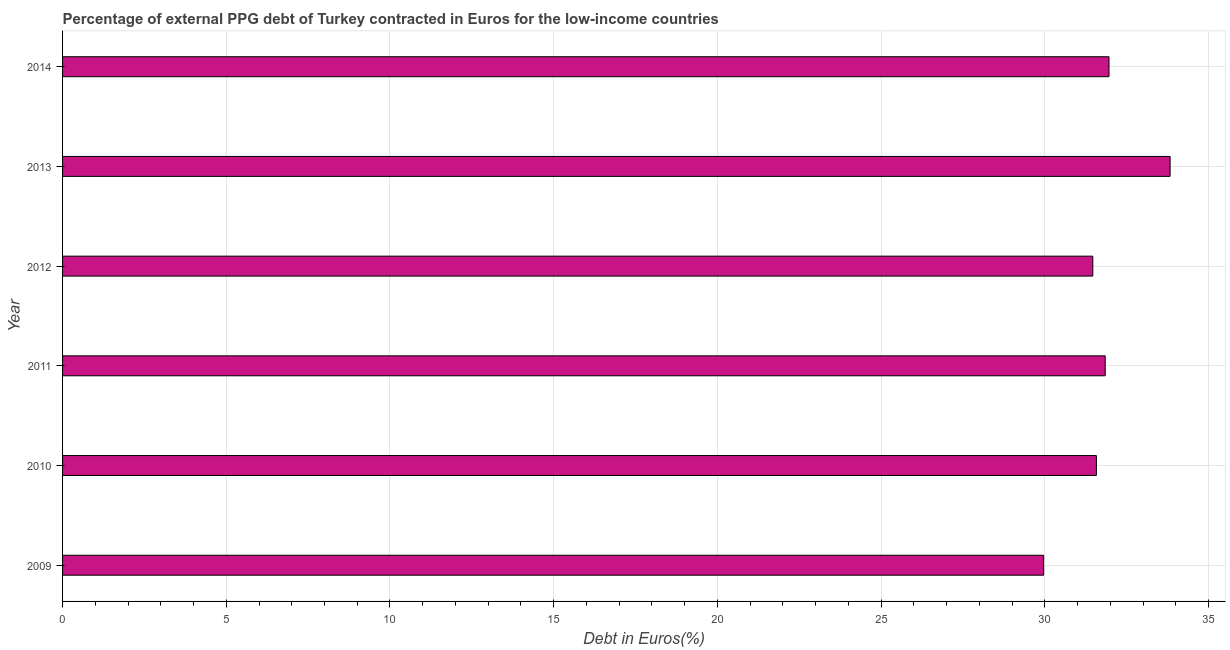
| Year | Currency composition of PPG debt |
 | --- | --- |
 | 2009 | 30 |
 | 2010 | 31.6 |
 | 2011 | 31.8 |
 | 2012 | 31.5 |
 | 2013 | 33.8 |
 | 2014 | 32 |